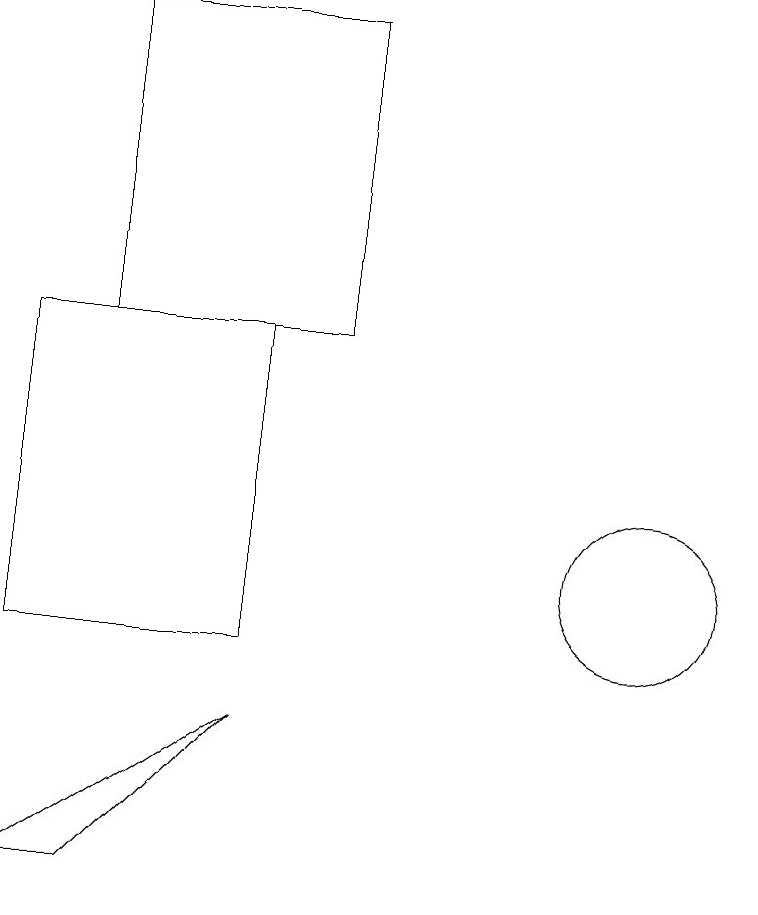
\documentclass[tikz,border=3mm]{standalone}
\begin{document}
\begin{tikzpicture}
\draw (3,18) rectangle (6,14);
\draw (10,11) circle (1);
\draw (2,10) rectangle (5,14);
\draw (5,9) -- (3,7) -- (2,7) -- cycle;
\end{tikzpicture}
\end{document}